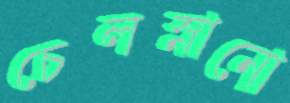
চেলস্নানো